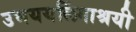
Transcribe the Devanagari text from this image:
उभययलिंगाश्रयी